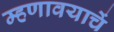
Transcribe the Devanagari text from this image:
म्हणावयाचें